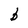
Character: b